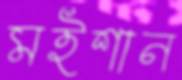
মইশান